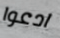
ادعوا